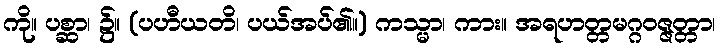
ကို။ ပစ္ဆာ၊ ၌။ (ပဟီယတိ၊ ပယ်အပ်၏။) ကသ္မာ၊ ကား။ အရဟတ္တမဂ္ဂဝဇ္ဇတ္တာ၊